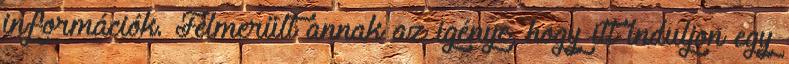
információk. Felmerült annak az igénye, hogy itt induljon egy